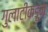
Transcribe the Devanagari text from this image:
गुलाटीकडून